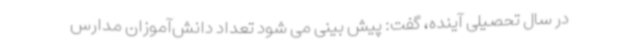
در سال تحصیلی آینده، گفت: پیش بینی می شود تعداد دانش‌آموزان مدارس